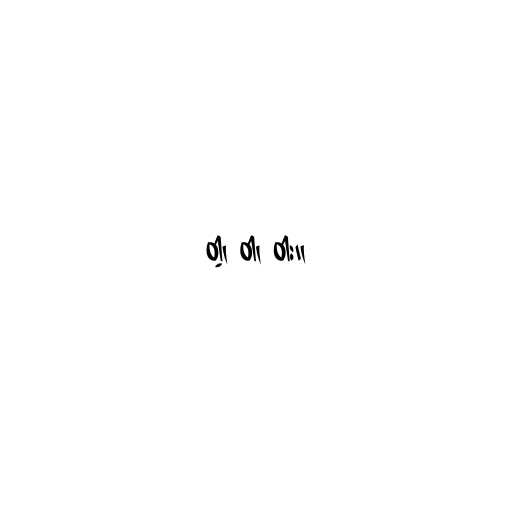
ဝါ့၊ ဝါ၊ ဝါး။